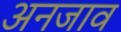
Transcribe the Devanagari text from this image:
अनजाव